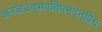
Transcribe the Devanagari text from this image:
अनळउद्भवधिपनंदनप्रिय